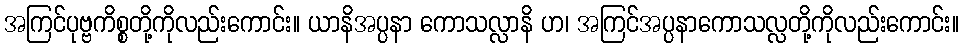
အကြင်ပုဗ္ဗကိစ္စတို့ကိုလည်းကောင်း။ ယာနိအပ္ပနာ ကောသလ္လာနိ ဟ၊ အကြင်အပ္ပနာကောသလ္လတို့ကိုလည်းကောင်း။